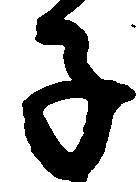
子